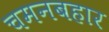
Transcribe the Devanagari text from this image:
चमनबहार